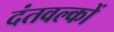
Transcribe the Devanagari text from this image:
दंतवल्कों